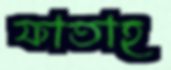
ফাতাহ